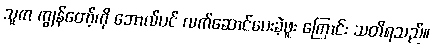
သူက ကျွန်တော့်ကို ဘောလ်ပင် လက်ဆောင်ပေးခဲ့ဖူး ကြောင်း သတိရသည်။